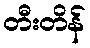
တီးတိန်